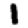
Digit: 1